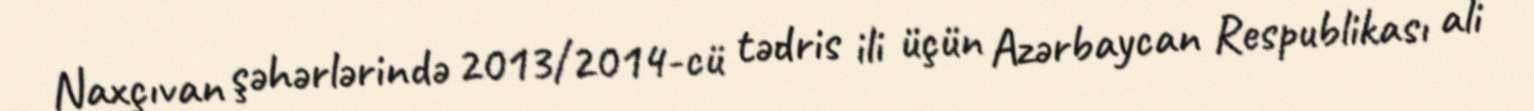
Naxçıvan şəhərlərində 2013/2014-cü tədris ili üçün Azərbaycan Respublikası ali